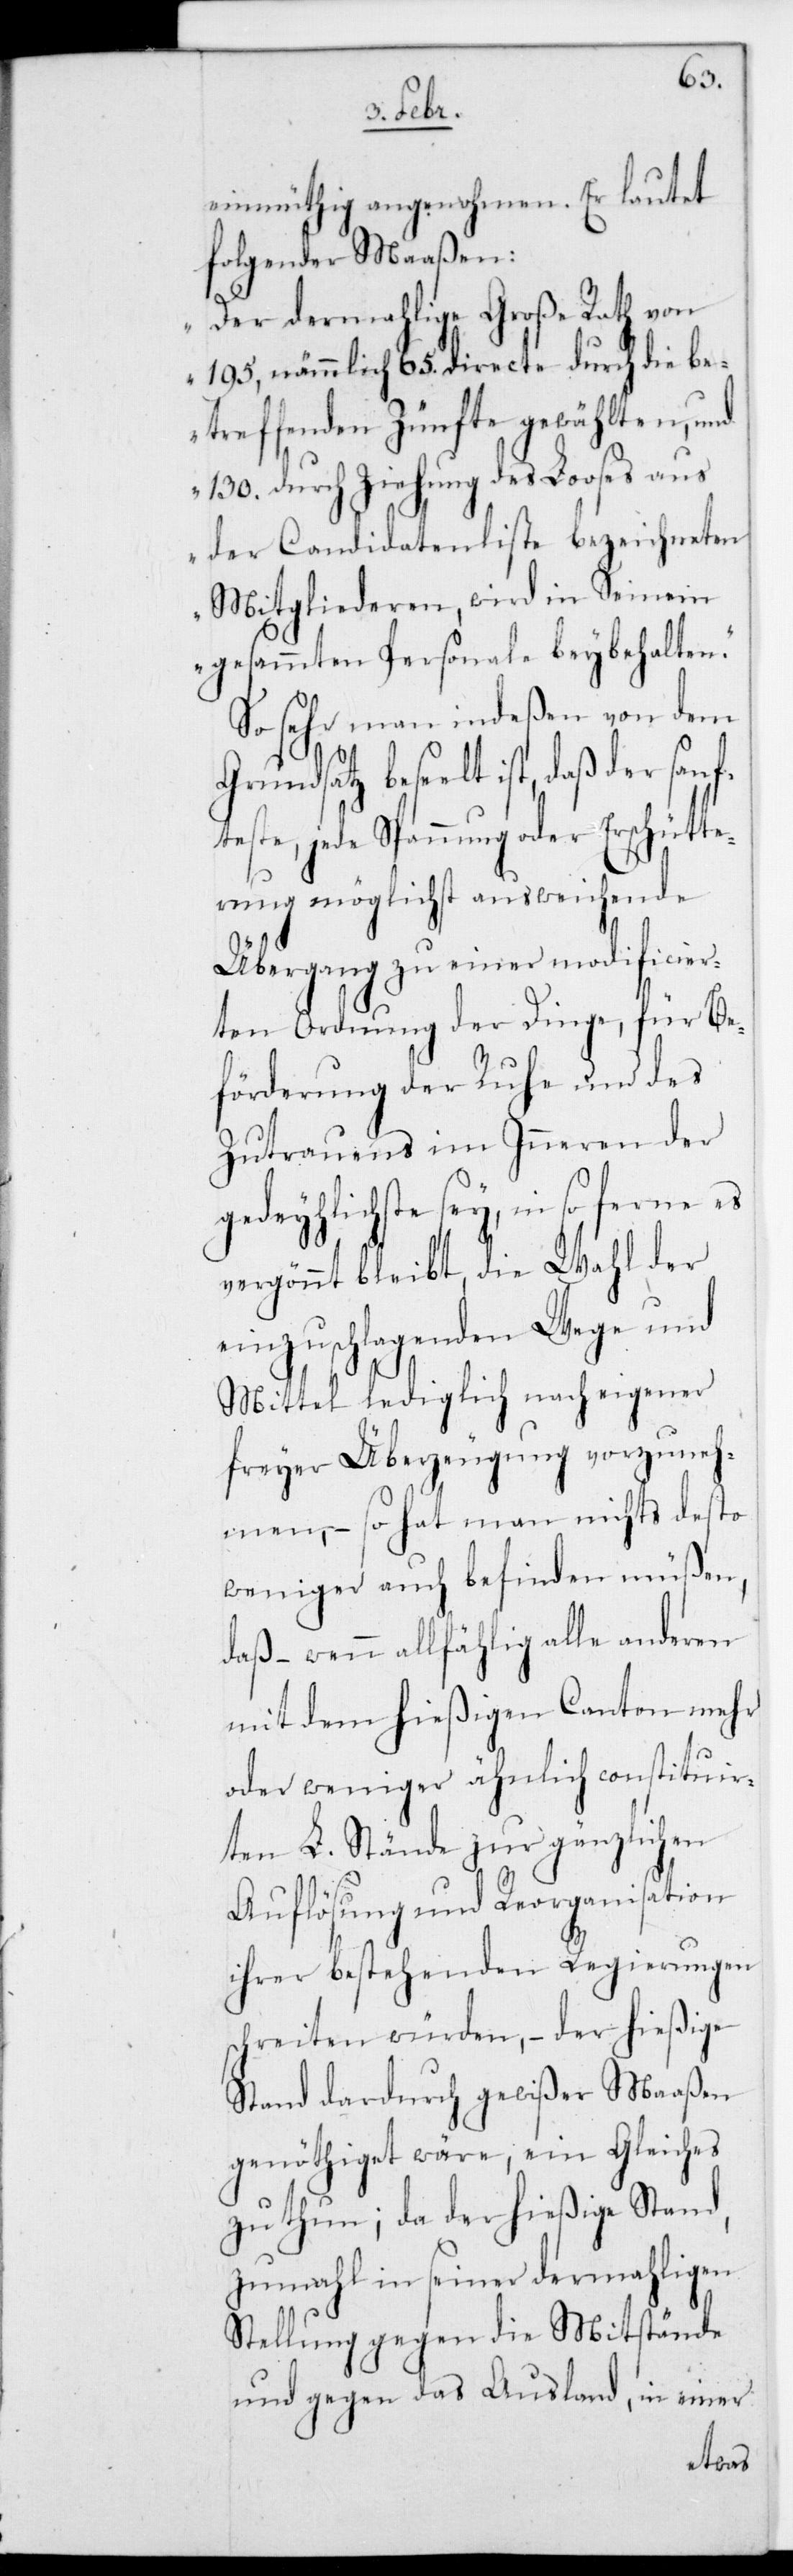
einmüthig angenohmen. Er lautet
folgender Maaßen:
„Der dermahlige Große Rath von
195, nämmlich 65. directe durch die be¬
treffenden Zünfte gewählten und
130. durch Ziehung des Looses aus
der Candidatenliste bezeichneten
Mitgliederen, wird in Seinem
gesamten Personale beybehalten“.
So sehr man indeßen von dem
beseelt ist, daß der sanf¬
teste, jede Spannung oder Erschütte¬
rung möglichst ausschweifende
Übergang zu einer modificier¬
ten Ordnung der Dinge, für Be¬
förderung der Ruhe und des
Zutrauens im Inneren der
gedeihlichste sey, insoferne es
vergönnt bleibt, die Wahl der
einzuschlagenden Wege und
Mittel lediglich nach eigener
freier Überzeugung vorzuneh¬
men, – so hat man nichts desto
weniger auch befinden müßen,
daß – wenn allfählig alle anderen
mit dem hießigen Canton mehr
oder weniger ähnlich constituier¬
ten L. Stände zur gänzlichen
Auflösung und Reorganisation
ihrer bestehenden Regierungen
schreiten würden, – der hießige
Stand dardurch gewißermaaßen
genöthiget wäre, ein Gleiches
zu thun; da der hießige Stand,
zumahl in seiner dermahligen
Stellung gegen die Mitstände
und gegen das Ausland, in einer